Vaccination North-Western Provinces 1866-1877 - 1866-1877
Year: 1866
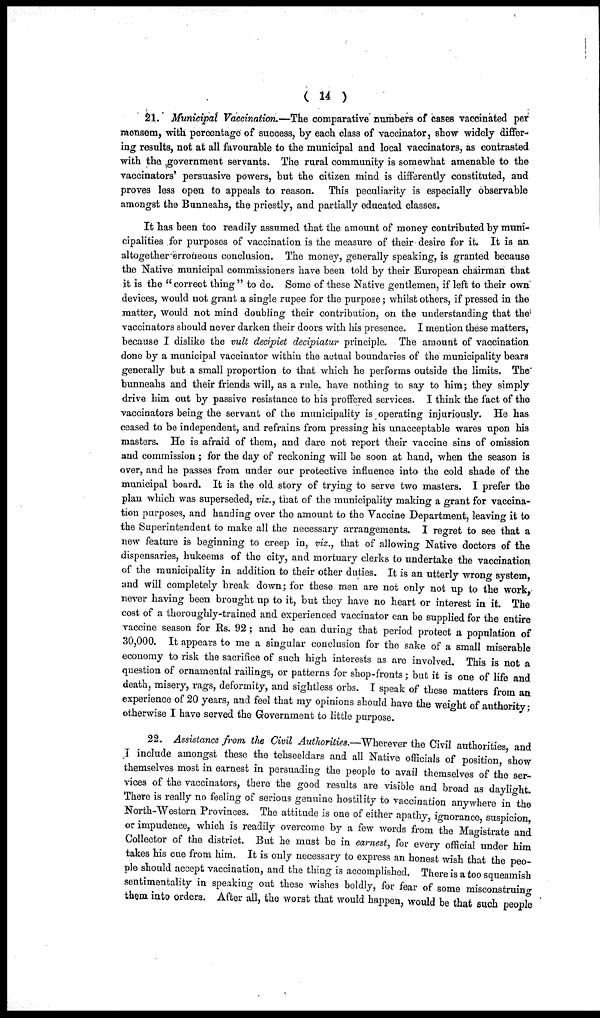
( 14 )
21. Municipal Vaccination.—The comparative numbers of cases vaccinated per
mensem, with percentage of success, by each class of vaccinator, show widely differ¬
ing results, not at all favourable to the municipal and local vaccinators, as contrasted
with the government servants. The rural community is somewhat amenable to the
vaccinators' persuasive powers, but the citizen mind is differently constituted, and
proves less open to appeals to reason. This peculiarity is especially observable
amongst the Bunneahs, the priestly, and partially educated classes.
It has been too readily assumed that the amount of money contributed by muni-
cipalities for purposes of vaccination is the measure of their desire for it. It is an
altogether erroneous conclusion. The money, generally speaking, is granted because
the Native municipal commissioners have been told by their European chairman that
it is the "correct thing" to do. Some of these Native gentlemen, if left to their own
devices, would not grant a single rupee for the purpose; whilst others, if pressed in the
matter, would not mind doubling their contribution, on the understanding that the
vaccinators should never darken their doors with his presence. I mention these matters,
because I dislike the vult decipiet decipiatur principle. The amount of vaccination
done by a municipal vaccinator within the actual boundaries of the municipality bears
generally but a small proportion to that which he performs outside the limits. The
bunneahs and their friends will, as a rule, have nothing to say to him; they simply
drive him out by passive resistance to his proffered services. I think the fact of the
vaccinators being the servant of the municipality is operating injuriously. He has
ceased to be independent, and refrains from pressing his unacceptable wares upon his
masters. He is afraid of them, and dare not report their vaccine sins of omission
and commission; for the day of reckoning will be soon at hand, when the season is
over, and he passes from under our protective influence into the cold shade of the
municipal board. It is the old story of trying to serve two masters. I prefer the
plan which was superseded, viz., that of the municipality making a grant for vaccina-
tion purposes, and handing over the amount to the Vaccine Department, leaving it to
the Superintendent to make all the necessary arrangements. I regret to see that a
new feature is beginning to creep in, viz., that of allowing Native doctors of the
dispensaries, hukeems of the city, and mortuary clerks to undertake the vaccination
of the municipality in addition to their other duties. It is an utterly wrong system,
and will completely break down; for these men are not only not up to the work,
never having been brought up to it, but they have no heart or interest in it. The
cost of a thoroughly-trained and experienced vaccinator can be supplied for the entire
vaccine season for Rs. 92; and he can during that period protect a population of
30,000. It appears to me a singular conclusion for the sake of a small miserable
economy to risk the sacrifice of such high interests as are involved. This is not a
question of ornamental railings, or patterns for shop-fronts; but it is one of life and
death, misery, rags, deformity, and sightless orbs. I speak of these matters from an
experience of 20 years, and feel that my opinions should have the weight of authority;
otherwise I have served the Government to little purpose.
22. Assistance from the Civil Authorities.—Wherever the Civil authorities, and
I include amongst these the tehseeldars and all Native officials of position, show
themselves most in earnest in persuading the people to avail themselves of the ser-
vices of the vaccinators, there the good results are visible and broad as daylight.
There is really no feeling of serious genuine hostility to vaccination anywhere in the
North-Western Provinces. The attitude is one of either apathy, ignorance, suspicion,
or impudence, which is readily overcome by a few words from the Magistrate and
Collector of the district. But he must be in earnest, for every official under him
takes his cue from him. It is only necessary to express an honest wish that the peo-
ple should accept vaccination, and the thing is accomplished. There is a too squeamish
sentimentality in speaking out these wishes boldly, for fear of some misconstruing
them into orders. After all, the worst that would happen, would be that such people